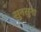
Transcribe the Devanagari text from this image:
सुनसुना